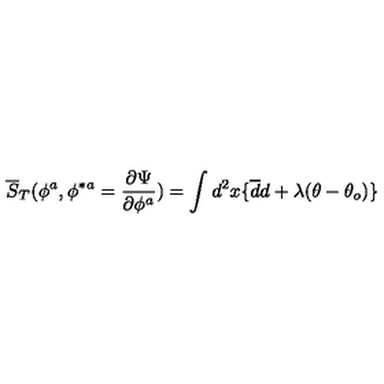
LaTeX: \overline { S } _ { T } ( \phi ^ { a } , \phi ^ { \ast a } = { \frac { \partial \Psi } { \partial \phi ^ { a } } } ) = \int d ^ { 2 } x \{ \overline { d } d + \lambda ( \theta - \theta _ { o } ) \}